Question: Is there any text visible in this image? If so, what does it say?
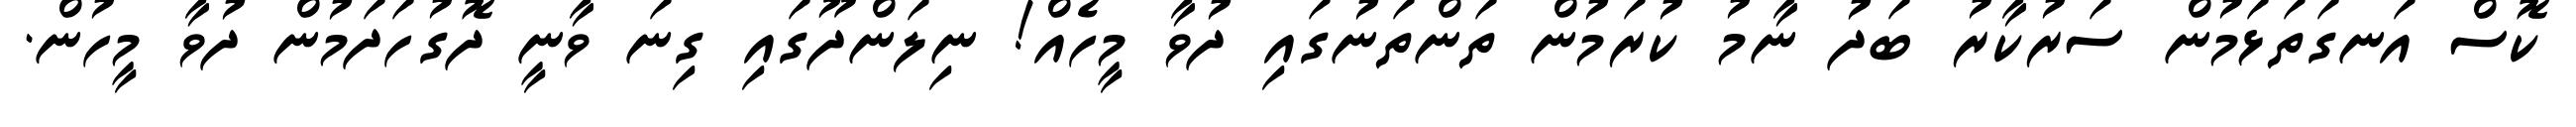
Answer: ކޮސް އަނގަތަޅަމުން ސަރުކާރު ބަދު ނާމު ކުރަމުން ތަންތަނުގައި ދުވާ މީހެއް! ނިލަންދޫގައި ގިނަ ވާނީ ދޮގުހަދަމުން ދުވާ މީހުން.